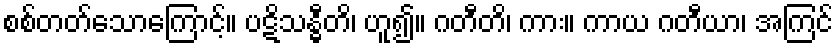
စစ်တတ်သောကြောင့်။ ပဋိသန္ဓီတိ၊ ဟူ၍။ ဂတီတိ၊ ကား။ ကာယ ဂတီယာ၊ အကြင်